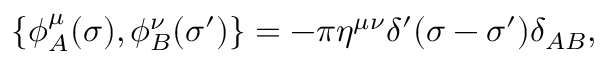
\{ \phi _ { A } ^ { \mu } ( \sigma ) , \phi _ { B } ^ { \nu } ( \sigma ^ { \prime } ) \} = - \pi \eta ^ { \mu \nu } \delta ^ { \prime } ( \sigma - \sigma ^ { \prime } ) \delta _ { A B } ,